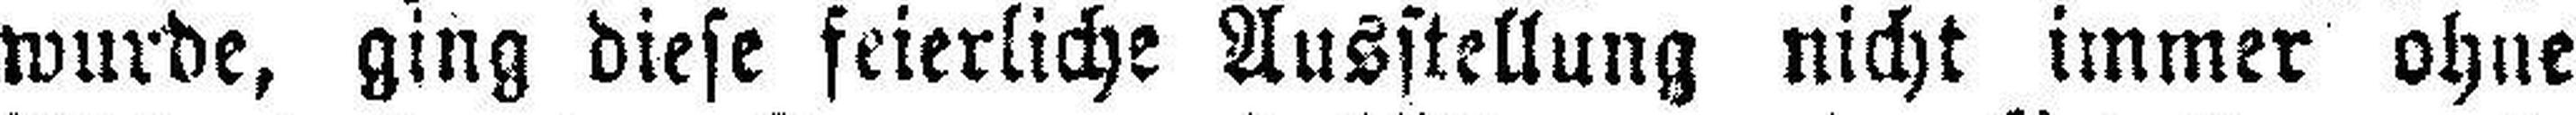
wurde, ging diese feierliche Ausstellung nicht immer ohne